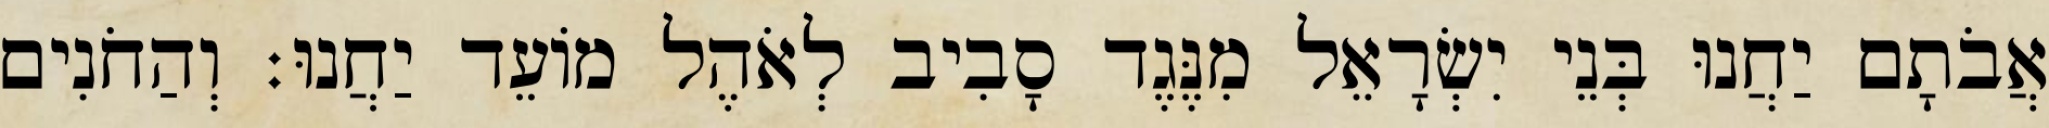
אֲבֹתָם יַחֲנוּ בְּנֵי יִשְׂרָאֵל מִנֶּגֶד סָבִיב לְאֹהֶל מוֹעֵד יַחֲנוּ׃ וְהַחֹנִים